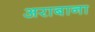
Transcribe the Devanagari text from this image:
अराबाना